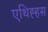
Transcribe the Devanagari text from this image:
एथिह्हस